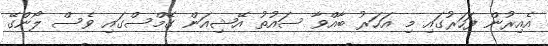
އެއިރުން ފަހަރުގައި މި އަހަރު ބާއްވާ ސައުތު އޭޝިއަން ގޭމްސްގައި ވެސް ލޯންގޭ